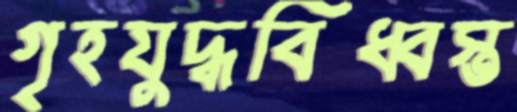
গৃহযুদ্ধবিধ্বস্ত